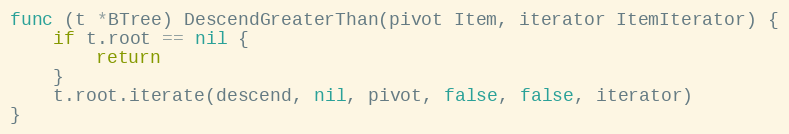
Language: Go
func (t *BTree) DescendGreaterThan(pivot Item, iterator ItemIterator) {
	if t.root == nil {
		return
	}
	t.root.iterate(descend, nil, pivot, false, false, iterator)
}